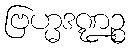
ဗြဟ္မဒဏ္ဍဉ္စ